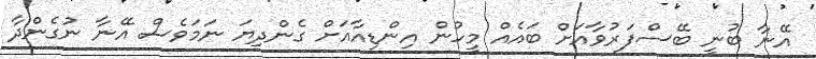
އޭނާ ބުނީ ބޭސްފަރުވާއަށް ބައެއް މީހުން އިންޑިއާއަށް ގެންދިޔަ ނަމަވެސް އޭނާ ނުގެންދާ